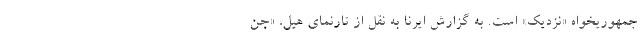
جمهوریخواه «نزدیک» است. به گزارش ایرنا به نقل از تارنمای هیل، «جن